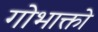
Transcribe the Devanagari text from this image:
गोभाक्तो